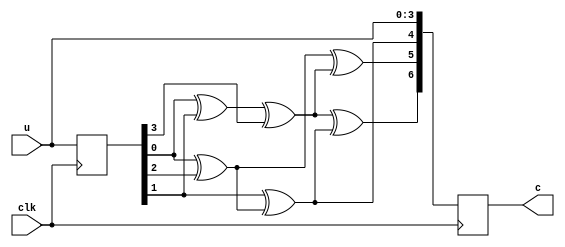
module cycle(c,u,clk);
  output[6:0] c;
  input[3:0] u;
  input clk;
  reg[2:0] i,j;
  reg d0,d1,d2,temp;
  reg[6:0] c;
  
  always @(posedge clk)
  begin
    d0=0; d1=0; d2=0; //
    for (i=0;i<4;i=i+1) //for 4 
    begin
      temp = d2 ^ c[i];
      d2 = d1; d1 = d0 ^ temp;
      d0 = temp; c[i] = u[i];
    end
    for (i=4;i<7;i=i+1) //for 3 
    begin
      temp = d2;
      d2 = d1; d1 = d0 ^ temp;
      d0 = temp; c[i] = temp;
    end
  end

  always @(posedge clk)
  begin
    d0=0; d1=0; d2=0;
    for (j=0;j<4;j=j+1) //for 4 
    begin
      temp = d2 ^ c[i];
      d2 = d1; d1 = d0 ^ temp;
      d0 = temp; c[j] = u[j];
    end
  end
endmodule